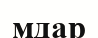
мдар